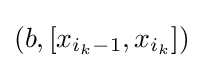
(b,[x_{i_{k}-1},x_{i_{k}}])